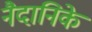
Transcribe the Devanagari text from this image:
नैदानिके